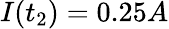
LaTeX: I(t_{2})=0.25A